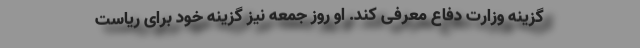
گزینه وزارت دفاع معرفی کند. او روز جمعه نیز گزینه خود برای ریاست